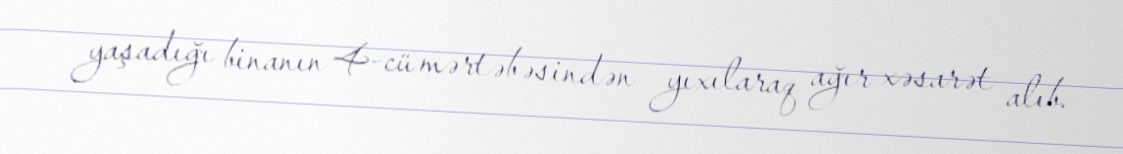
yaşadığı binanın 4-cü mərtəbəsindən yıxılaraq ağır xəsarət alıb.